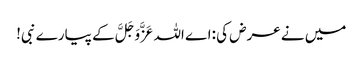
میں نے عرض کی :اے اللہ عَزَّوَجَلَّ کے پیارے نبی!